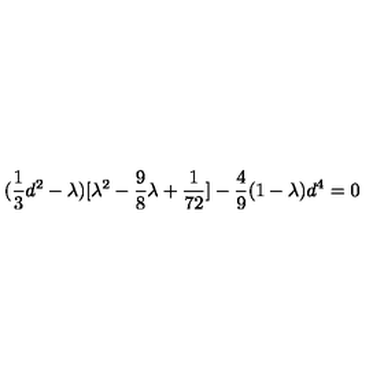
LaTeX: ( { \frac { 1 } { 3 } } d ^ { 2 } - \lambda ) [ \lambda ^ { 2 } - { \frac { 9 } { 8 } } \lambda + { \frac { 1 } { 7 2 } } ] - { \frac { 4 } { 9 } } ( 1 - \lambda ) d ^ { 4 } = 0